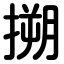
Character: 搠